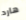
هارد